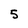
Character: 5